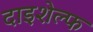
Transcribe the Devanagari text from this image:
दाइशेल्फ